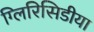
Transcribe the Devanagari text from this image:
ग्लिरिसिडीया